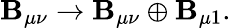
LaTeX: \mathbf{B}_{\mu\nu}\to\mathbf{B}_{\mu\nu}\oplus\mathbf{B}_{\mu1}.